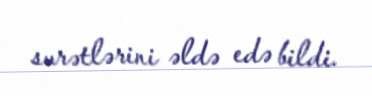
surətlərini əldə edə bildi.